Vaccination in Bombay 1924-1928 - 1924-1928
Year: 1924
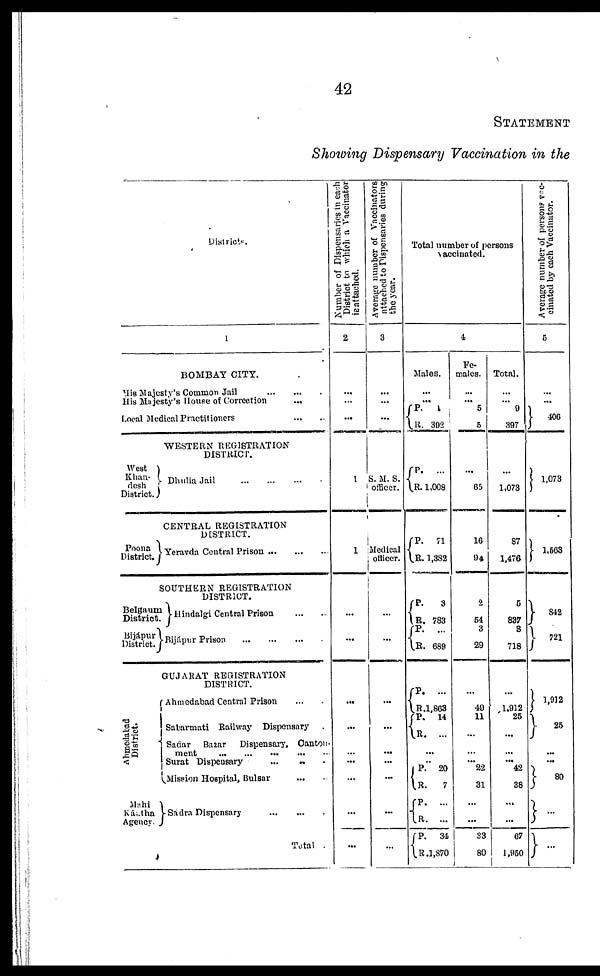
42
STATEMENT
Showing Dispensary Vaccination in the
Districts.
1
BOMBAY CITY.
His Majesty's Common Jail
...
...
...
His Majesty's House of Correction
...
Local Medical Practitioners
...
...
WESTERN REGISTRATION
DISTRICT.
West
Khan¬
desh
District.
Poona
District.
Belgaum
District.
Bijápur
District.
Ahmedabad
District.
Mahi
Kántha
Agency.
Dhulia Jail
...
...
...
...
CENTRAL REGISTRATION
DISTRICT.
Yeravda Central Prison
...
...
...
SOUTHERN REGISTRATION
DISTRICT.
Hindalgi Central Prison
...
...
Bijápur Prison ... ... ...
GUJARAT REGISTRATION
DISTRICT.
Ahmedabad Central Prison ... ...
Sabarmati Railway Dispensary .
Sadar Bazar Dispensary, Canton-
ment
...
...
...
...
...
Surat Dispensary
... ... ...
Mission Hospital, Bulsar
...
...
Sádra Dispensary
...
...
...
Total .
Number of Dispensaries in each
District to which a Vaccinator
is attached.
2
...
...
...
1
1
...
...
...
...
...
...
...
...
...
Average number of Vaccinators
attached to Dispensaries during
the year.
3
...
...
...
S. M. S.
officer.
Medical
officer.
...
...
...
...
...
...
...
...
...
Total number of persons
vaccinated.
4
Males.
...
...
P.
R.
1
392
P.
R.
...
1,008
P.
R.
71
1,382
P.
R.
P.
R.
3
783
...
689
P.
R.
P.
R.
...
1,863
14
...
...
... P.
R.
P.
R.
P.
R.
20
7
...
...
34
1,870
Fe-
males.
...
... 5
5
...
65
16
94
2
54
3
29
...
40
11
...
...
... 22
31
...
...
33
80
Total.
...
... 9
397
...
1,073
87
1,476
5
837
3
718
...
1,912
25
...
...
... 42
38
...
...
67
1,850
Average number of persons vac-
cinated by each Vaccinator.
5
...
...
406
1,073
1,563
842
721
1,912
25
...
...
80
...
...